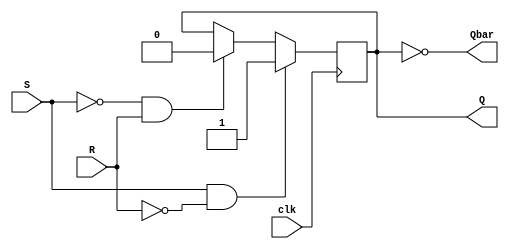
module sr_latch (
    input wire S,
    input wire R,
    input wire clk,
    output reg Q,
    output reg Qbar
);

always @(posedge clk) begin
    if (S & ~R)
        Q <= 1'b1;
    else if (~S & R)
        Q <= 1'b0;
end

assign Qbar = ~Q;

endmodule